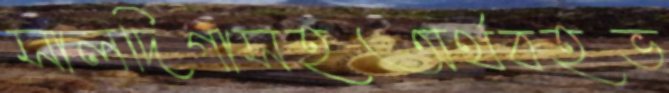
সালদিগাসহঅর্থবহভ